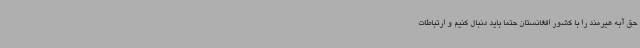
حق آبه هیرمند را با کشور افغانستان حتما باید دنبال کنیم و ارتباطات